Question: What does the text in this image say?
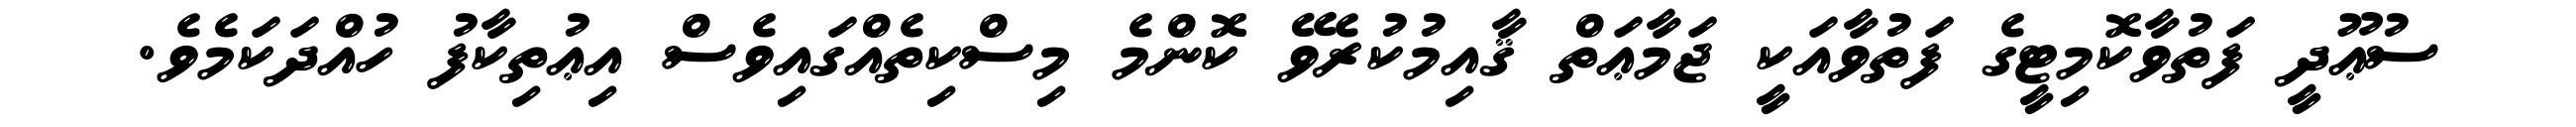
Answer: ސުޢޫދީ ފަތުވާކޮމިޓީގެ ފަތުވާއަކީ ޖަމާޢަތް ޤާއިމުކުރެވޭ ކޮންމެ މިސްކިތެއްގައިވެސް އިޢުތިކާފު ހުއްދަކަމެވެ.